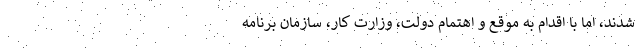
شدند، اما با اقدام به موقع و اهتمام دولت، وزارت کار، سازمان برنامه